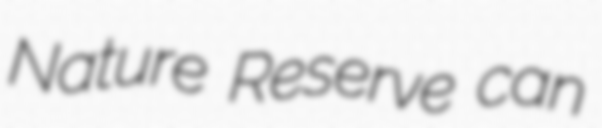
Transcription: Nature Reserve can